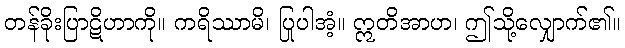
တန်ခိုးပြာဋိဟာကို။ ကရိဿာမိ၊ ပြုပါအံ့။ ဣတိအာဟ၊ ဤသို့လျှောက်၏။